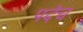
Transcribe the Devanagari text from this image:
पदेच